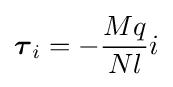
{\boldsymbol {\tau }}_{i}=-{\frac {Mq}{Nl}}i